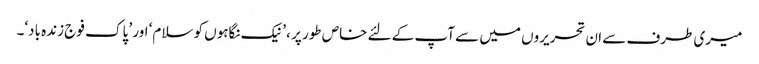
میری طرف سے ان تحریروں میں سے آپ کے لئے خاص طور پر ، ’ نیک نگاہوں کو سلام‘ اور ’ پاک فوج زندہ باد‘۔